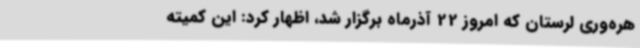
هره‌وری لرستان که امروز 22 آذرماه برگزار شد، اظهار کرد: این کمیته